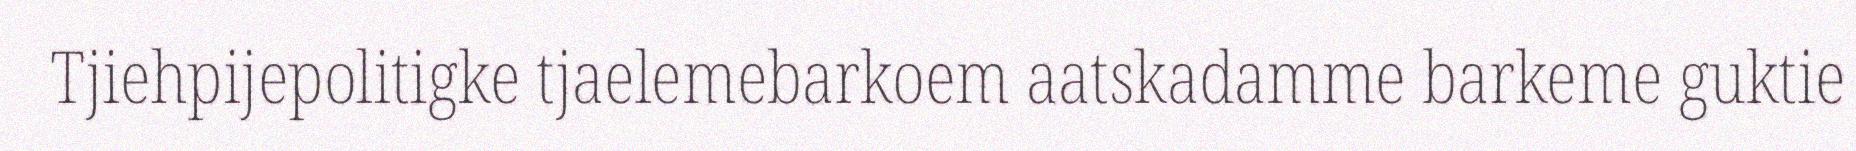
Tjiehpijepolitigke tjaelemebarkoem aatskadamme barkeme guktie